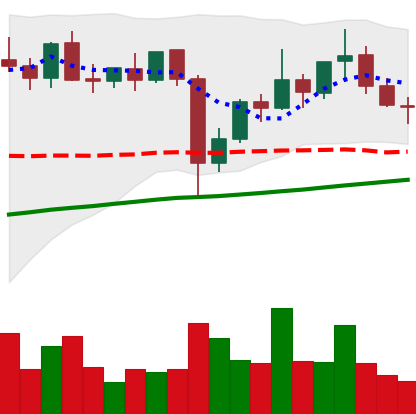
Ticker: XLM-USD
Chart end date: 2021-11-06
Forward return: 9.161%
Label: up_7plus